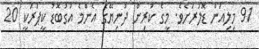
91 މިލިއަން ޑޮލަރަށެވެ. މީގެ ކުރިން ދުނިޔޭގެ އެންމެ އަގުބޮޑު ކީޕަރަކީ 20